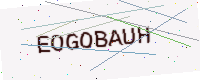
Text: EOGOBAUH